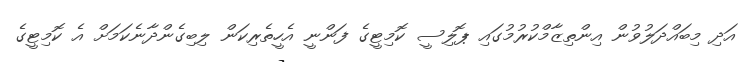
އަދި މިބައްދަލުވުން އިންތިޒާމްކުރުމުގައި ޕޮލިސީ ކޮމިޓީގެ ފަންނީ އެހީތެރިކަން ލިބިގެންދާނެކަމަށް އެ ކޮމިޓީގެ